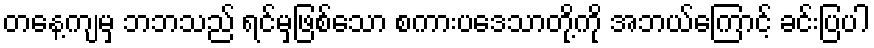
တနေ့ကျမှ ဘဘသည် ရင်မှဖြစ်သော စကားပဒေသာတို့ကို အဘယ်ကြောင့် ခင်းပြပါ